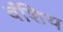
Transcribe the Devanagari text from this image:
वंशिय